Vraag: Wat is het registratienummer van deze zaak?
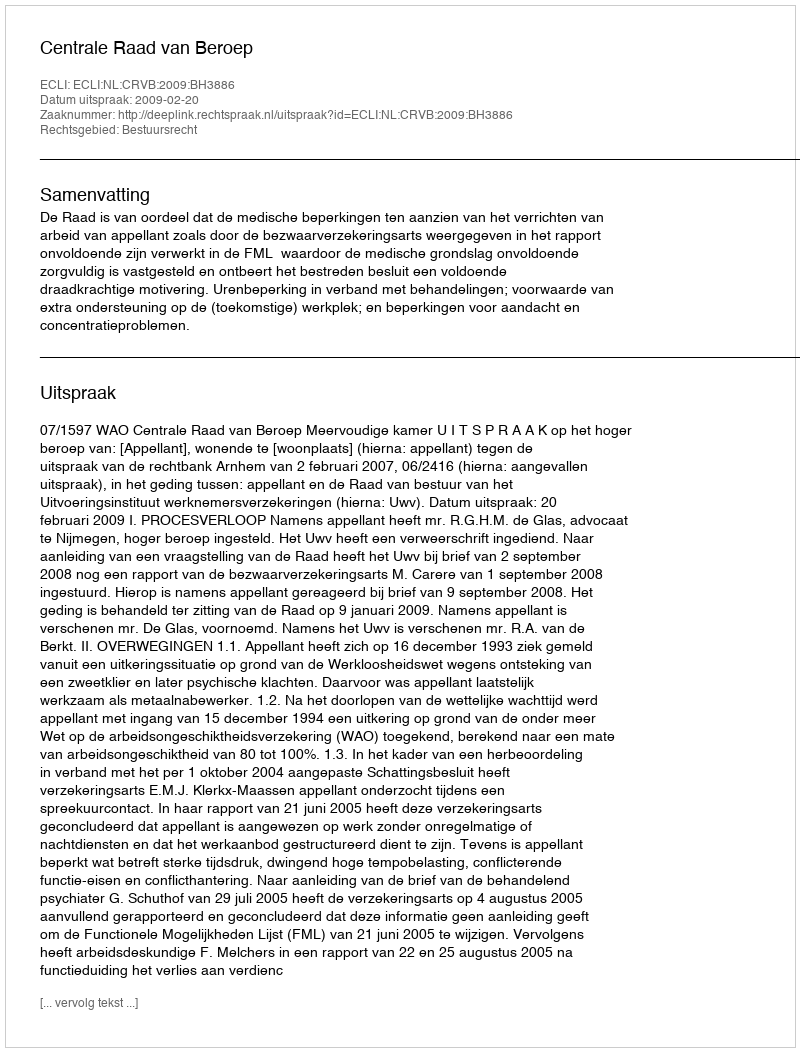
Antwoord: http://deeplink.rechtspraak.nl/uitspraak?id=ECLI:NL:CRVB:2009:BH3886